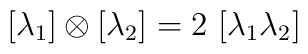
[\lambda _1] \otimes [\lambda _2] = 2 \   [\lambda _1\lambda_2]